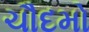
ચૌદમો